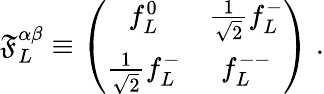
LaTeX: \mathfrak{F}_{L}^{\alpha\beta}\equiv\left(\begin{array}{cc}{{f_{L}^{0}}}&{{\frac{1}{\sqrt 2}f_{L}^{-}}}\\ {{\frac{1}{\sqrt 2}f_{L}^{-}}}&{{f_{L}^{--}}}\end{array}\right)\; .